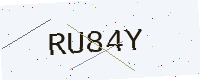
Text: RU84Y